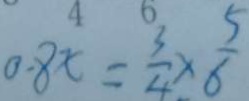
0 . 8 x = \frac { 3 } { 4 } \times \frac { 5 } { 6 }